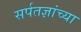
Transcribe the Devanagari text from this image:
सर्पतज्ञांच्या